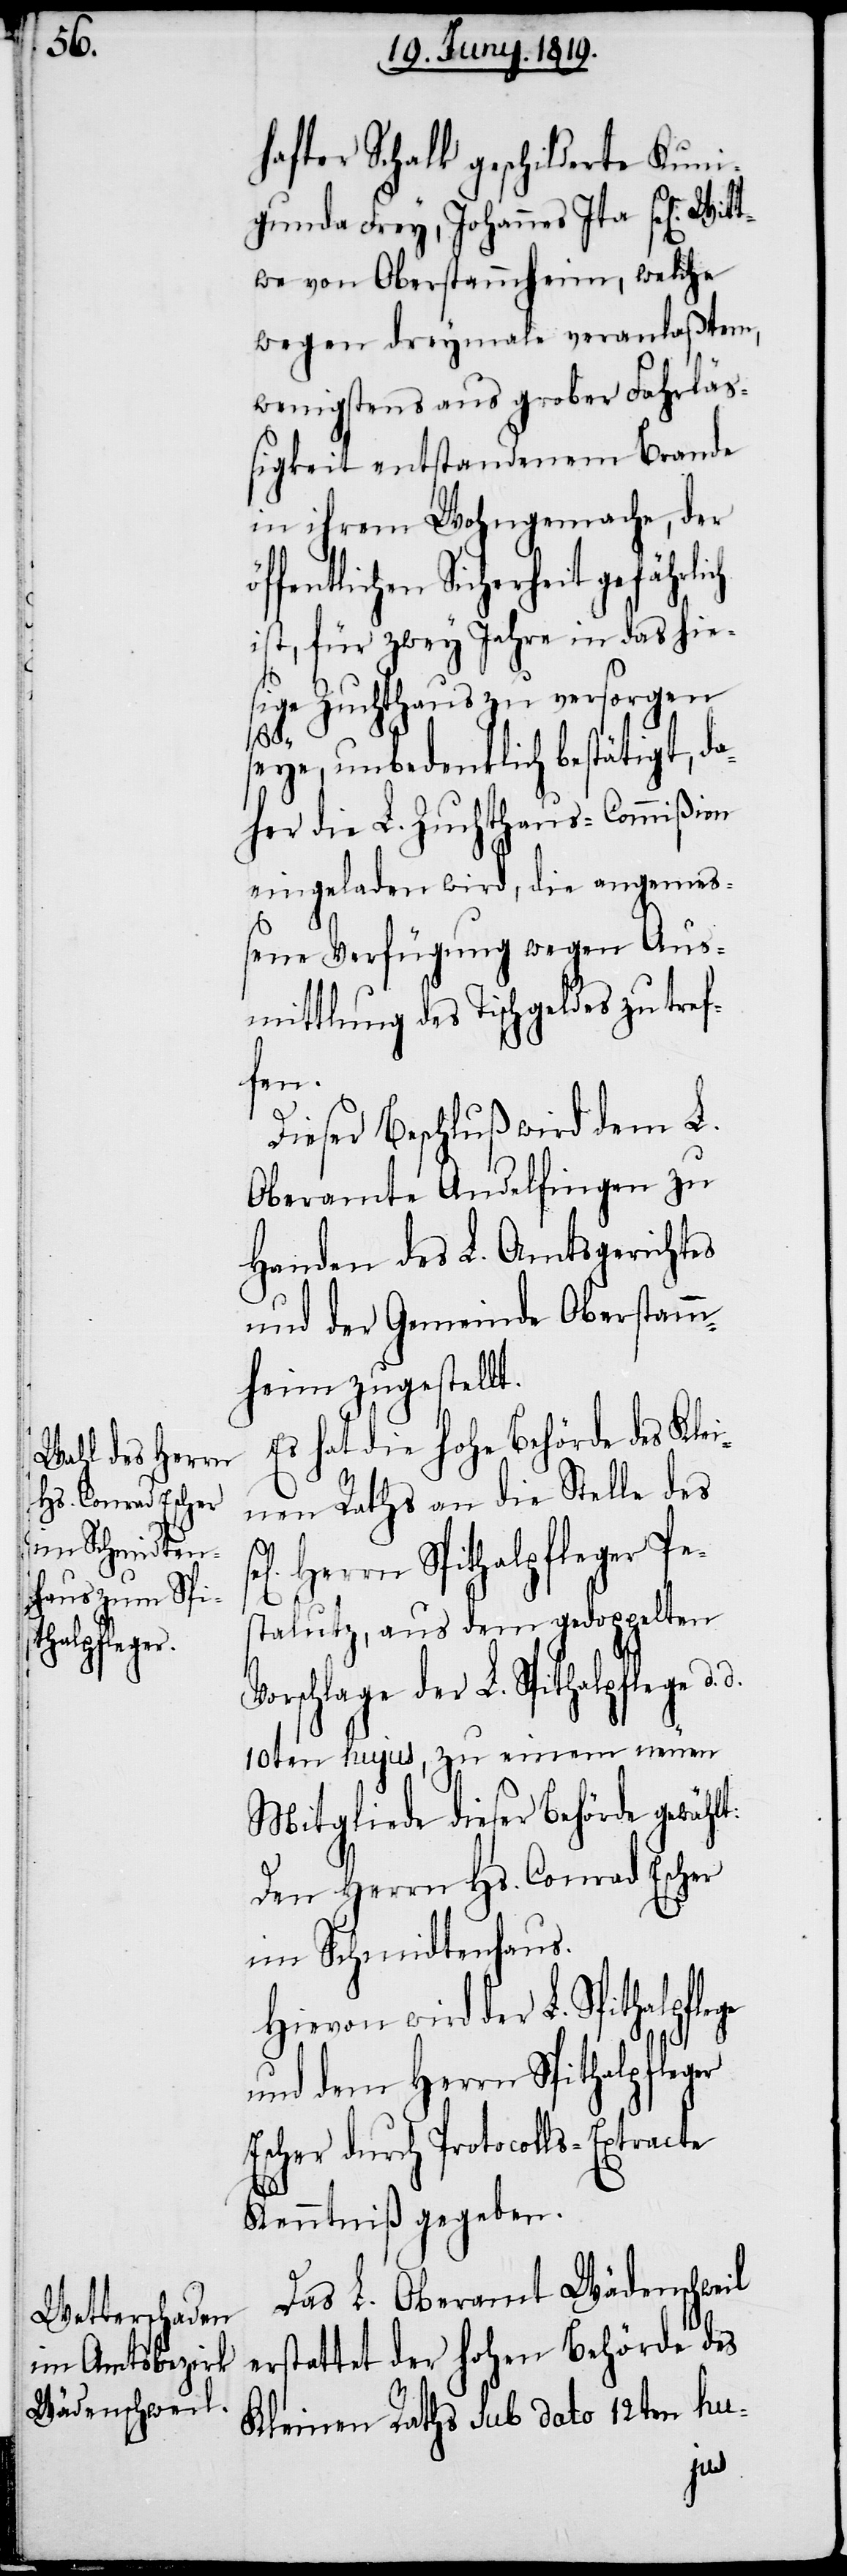
hafter Schalk geschilderte Kuni¬
gunda Frey, Johannes Ita sel[ige]
we von Oberstammheim, welche
wegen dreymale veranlaßtem,
wenigstens aus grober Fahrläs¬
sigkeit entstandenem Brande
in ihrem Wohngemache, der
fentlichen Sicherheit gefährl¬
ist, für zwey Jahre in das hie¬
sige Zuchthaus zu versorgen
öf¬
seye, unbedenklich bestätigt, d¬
aher die L. Zuchthaus-Commißion
eingeladen wird, die angemes¬
sene Verfügung wegen Aus¬
mittlung des Tischgeldes zu tref¬
fen.
Dieser Beschluß wird dem L.
Oberamte Andelfingen zu
Handen des L. Amtsgerichtes
und der Gemeinde Oberstamm¬
heim zugestellt.
Das L. Oberamt Wädenschweil
erstattet der hohen Behörde des
Kleinen Raths sub dato 12ten hu-
ich